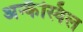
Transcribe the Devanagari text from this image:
अन्कैस्विल